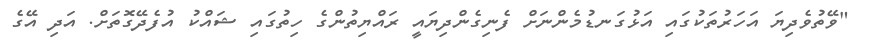
"ވޭތުވެދިޔަ އަހަރުތަކުގައި އަޅުގަނޑުމެންނަށް ފެނިގެންދިޔައީ ރައްޔިތުންގެ ހިތުގައި ޝައްކު އުފެދޭގޮތަށް. އަދި އޭގެ